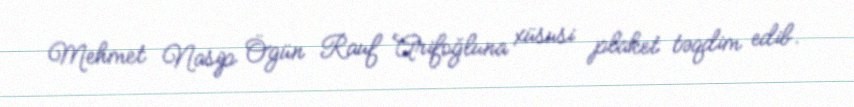
Mehmet Nasip Ögün Rauf Arifoğluna xüsusi plaket təqdim edib.